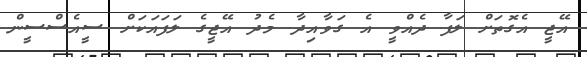
އޭޖީ އެގޮތަށް ލަފާ ދެއްވީ އެ ގަވާއިދާ މެދު އޭޖީގެ ލަފައަކަށް ސީއެސްސީން